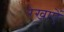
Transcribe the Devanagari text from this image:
रेखाऐं